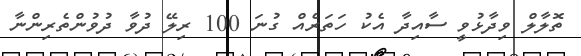
ތޮލާލް ވިދާޅުވީ ސާއިދާ އެކު ހަތަރެއް ގުނަ 100 ރިލޭ ދުވާ ދުވުންތެރިންނާ